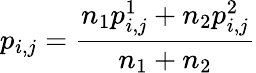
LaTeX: p_{i,j}=\frac{n_{1}p_{i,j}^{1}+n_{2}p_{i,j}^{2}}{n_{1}+n_{2}}